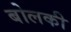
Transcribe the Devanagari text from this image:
बोलकी